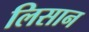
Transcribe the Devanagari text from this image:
लिसान